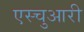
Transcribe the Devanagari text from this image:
एस्चुआरी